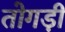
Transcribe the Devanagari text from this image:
तोगड़ी